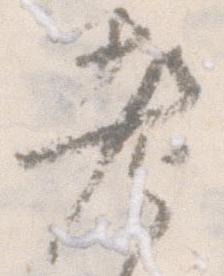
老